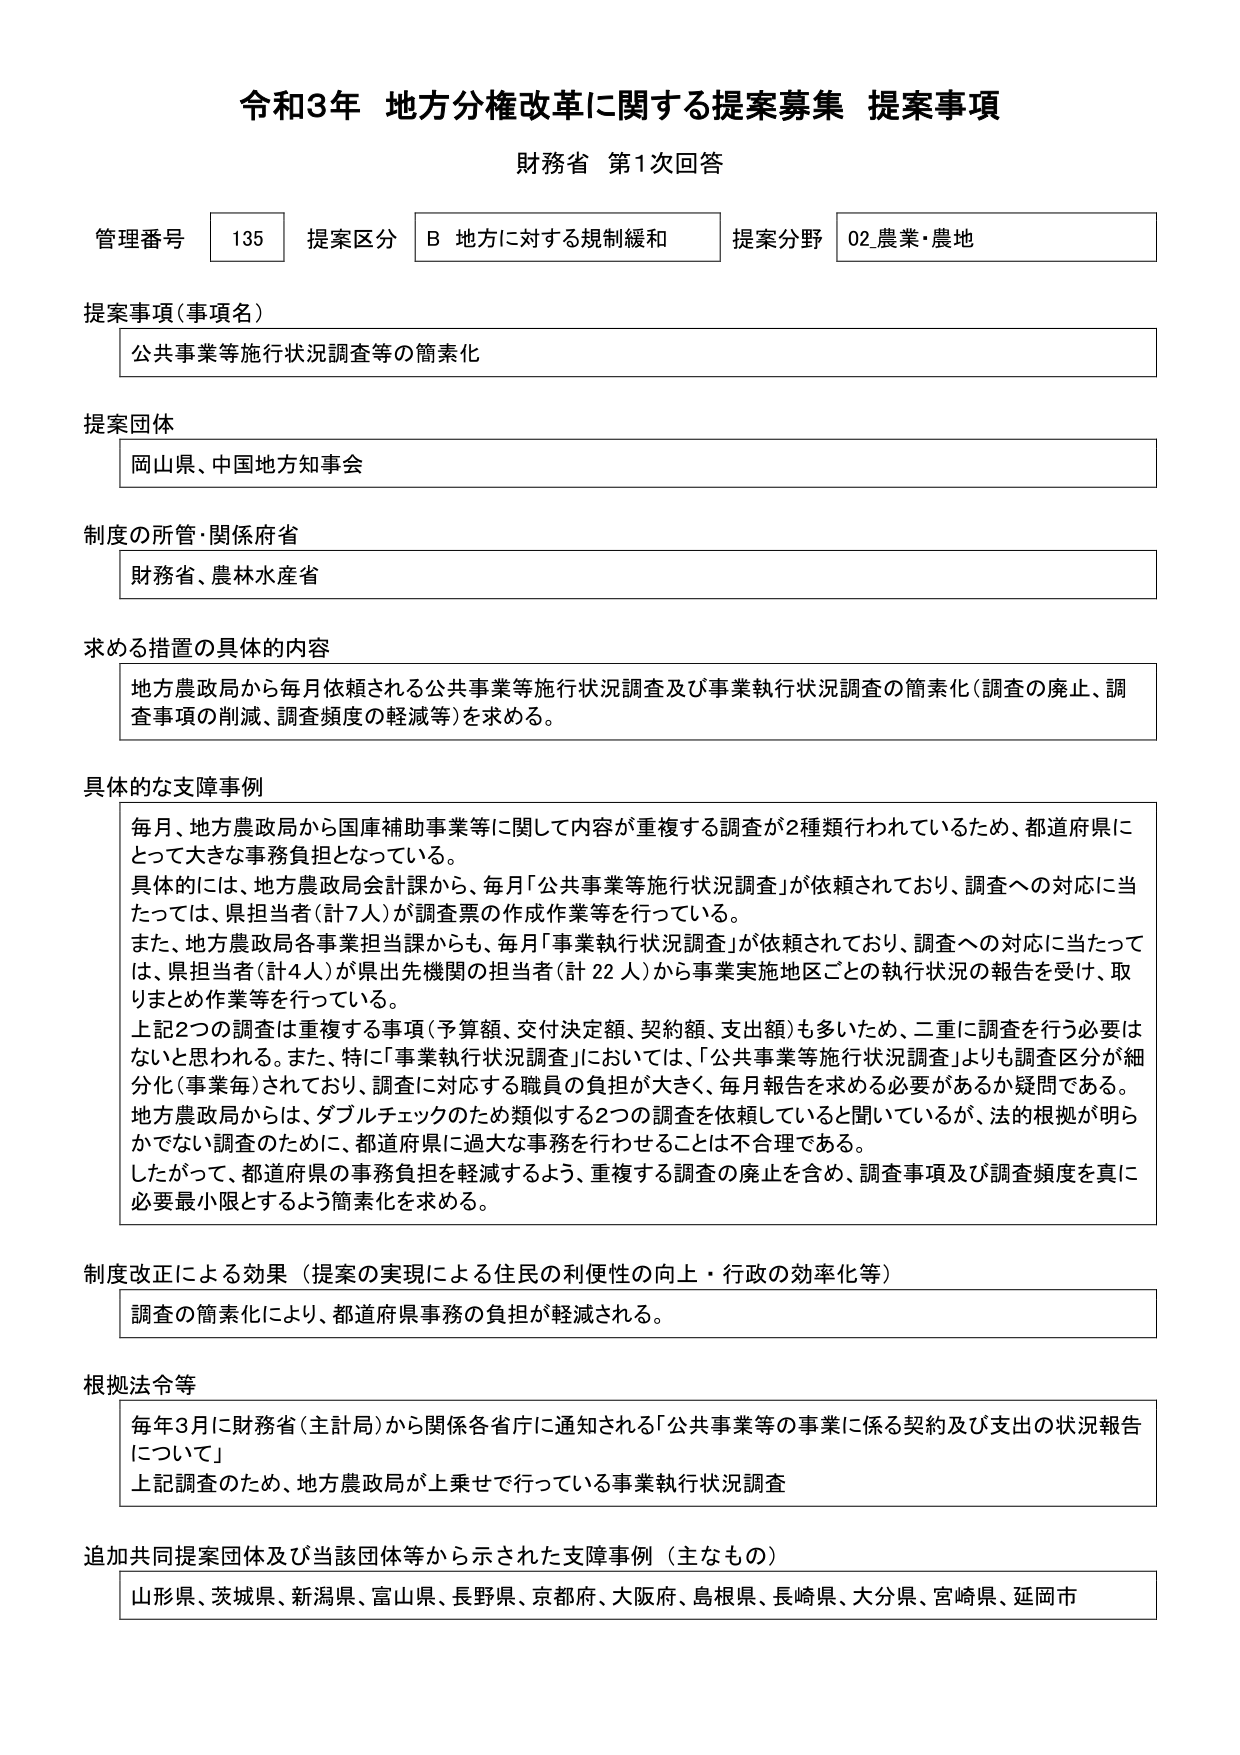
令和3年 地方分権改革に関する提案募集 提案事項
財務省 第1次回答

管理番号 135 提案区分 B 地方に対する規制緩和 提案分野 02_農業・農地

提案事項（事項名）
公共事業等施行状況調査等の簡素化

提案団体
岡山県、中国地方知事会

制度の所管・関係府省
財務省、農林水産省

求める措置の具体的内容
地方農政局から毎月依頼される公共事業等施行状況調査及び事業執行状況調査の簡素化（調査の廃止、調査事項の削減、調査頻度の軽減等）を求める。

具体的な支障事例
毎月、地方農政局から国庫補助事業等に関して内容が重複する調査が2種類行われているため、都道府県にとって大きな事務負担となっている。
具体的には、地方農政局会計課から、毎月「公共事業等施行状況調査」が依頼されており、調査への対応に当たっては、県担当者（計7人）が調査票の作成作業等を行っている。
また、地方農政局各事業担当課からも、毎月「事業執行状況調査」が依頼されており、調査への対応に当たっては、県担当者（計4人）が県出先機関の担当者（計22人）から事業実施地区ごとの執行状況の報告を受け、取りまとめ作業等を行っている。
上記2つの調査は重複する事項（予算額、交付決定額、契約額、支出額）も多いため、二重に調査を行う必要はないと思われる。また、特に「事業執行状況調査」においては、「公共事業等施行状況調査」よりも調査区分が細分化（事業毎）されており、調査に対応する職員の負担が大きく、毎月報告を求める必要があるか疑問である。
地方農政局からは、ダブルチェックのため類似する2つの調査を依頼していると聞いているが、法的根拠が明らかでない調査のために、都道府県に過大な事務を行わせることは不合理である。
したがって、都道府県の事務負担を軽減するよう、重複する調査の廃止を含め、調査事項及び調査頻度を真に必要最小限とするよう簡素化を求める。

制度改正による効果（提案の実現による住民の利便性の向上・行政の効率化等）
調査の簡素化により、都道府県事務の負担が軽減される。

根拠法令等
毎年3月に財務省（主計局）から関係各省庁に通知される「公共事業等の事業に係る契約及び支出の状況報告について」
上記調査のため、地方農政局が上乗せで行っている事業執行状況調査

追加共同提案団体及び当該団体等から示された支障事例（主なもの）
山形県、茨城県、新潟県、富山県、長野県、京都府、大阪府、島根県、長崎県、大分県、宮崎県、延岡市